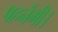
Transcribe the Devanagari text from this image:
पहनेंगी।